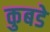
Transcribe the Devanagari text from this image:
कुबडे